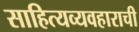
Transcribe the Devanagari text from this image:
साहित्यव्यवहाराची